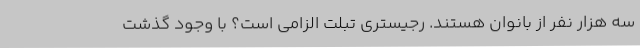
سه هزار نفر از بانوان هستند. رجیستری تبلت الزامی است؟ با وجود گذشت